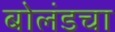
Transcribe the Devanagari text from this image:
बोलंडचा